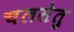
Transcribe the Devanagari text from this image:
चलसेतु